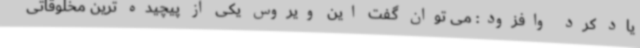
یاد کرد وافزود: می توان گفت این ویروس یکی از پیچیده ترین مخلوقاتی